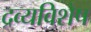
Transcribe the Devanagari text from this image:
द्रव्यविशेष